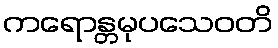
ကရောန္တမုပသေဝတိ